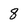
Character: 8